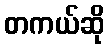
တကယ်ဆို